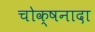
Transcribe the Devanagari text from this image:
चोक्षनादा